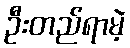
ဦးတည်ရာမဲ့